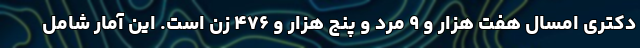
دکتری امسال هفت هزار و ۹ مرد و پنج هزار و ۴۷۶ زن است. این آمار شامل